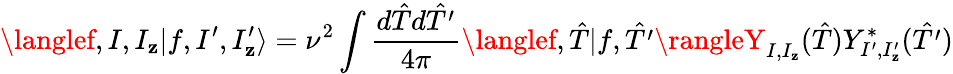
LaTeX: \langlef,I,I_{\mathbf{z}}|f,I^{\prime},I_{\mathbf{z}}^{\prime}\rangle=\nu^{2}\int\frac{{d\hat{{T}}d\hat{{T^{\prime}}}}}{{4\pi}}\langlef,\hat{{T}}|f,\hat{{T^{\prime}}}\rangleY_{I,I_{\mathbf{z}}}(\hat{{T}})Y_{I^{\prime},I_{\mathbf{z}}^{\prime}}^{\ast}(\hat{{T^{\prime}}})